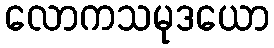
လောကသမုဒယော